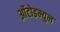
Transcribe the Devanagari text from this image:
आॅटोइम्युन